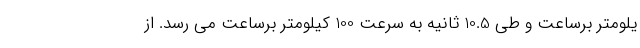
یلومتر برساعت و طی 10.5 ثانیه به سرعت 100 کیلومتر برساعت می رسد. از